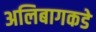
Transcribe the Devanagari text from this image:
अलिबागकडे